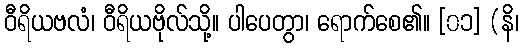
ဝီရိယဗလံ၊ ဝီရိယဗိုလ်သို့။ ပါပေတွာ၊ ရောက်စေ၏။ [၀၁] (နိ၊